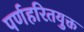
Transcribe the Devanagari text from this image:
पर्णहरितयुक्त